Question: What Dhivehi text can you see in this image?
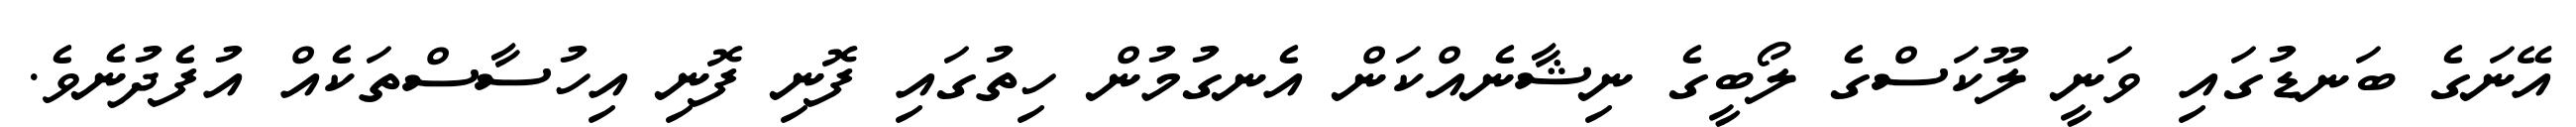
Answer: އޭނަގެ ބަނޑުގައި ވަނީ ލޫކަސްގެ ލޯބީގެ ނިޝާނެއްކަން އެނގުމުން ހިތުގައި ފޮނި ފޮނި އިހުސާސްތަކެއް އުފެދުނެވެ.